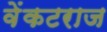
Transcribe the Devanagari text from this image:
वेंकटराज